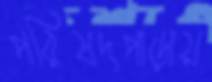
পরিষদপাড়ায়